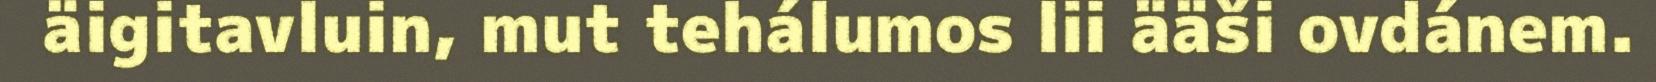
äigitavluin, mut tehálumos lii ääši ovdánem.